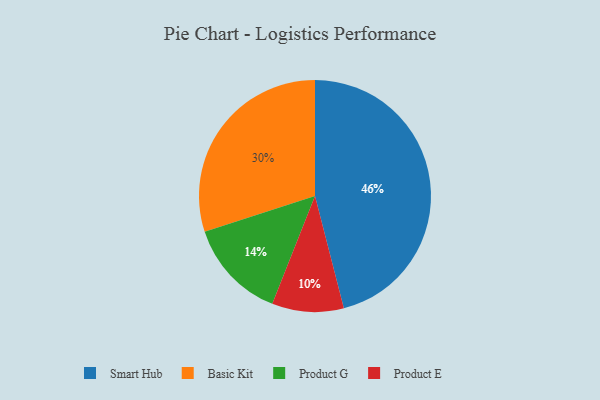
{"axis": {"x": "Category", "y": "Percentage"}, "legend": ["Basic Kit", "Product E", "Product G", "Smart Hub"], "data": [{"x": "Product G", "y": 14, "type": "Product G"}, {"x": "Smart Hub", "y": 46, "type": "Smart Hub"}, {"x": "Product E", "y": 10, "type": "Product E"}, {"x": "Basic Kit", "y": 30, "type": "Basic Kit"}]}